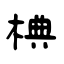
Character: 椣